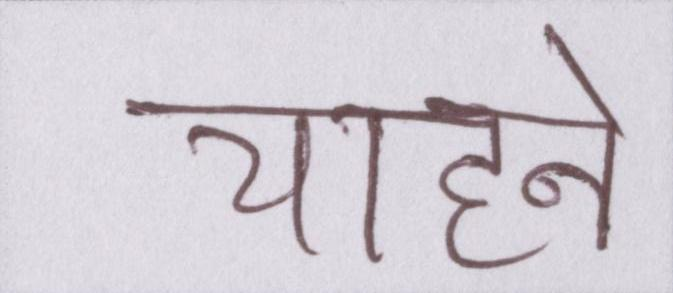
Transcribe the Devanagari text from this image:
चाहने